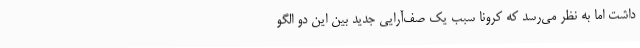
داشت اما به نظر می‌رسد که کرونا سبب یک صف‌آرایی جدید بین این دو الگو